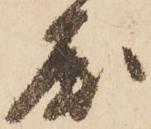
屈